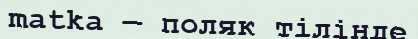
matka — поляк тілінде